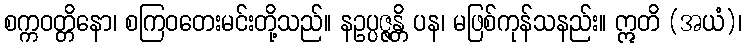
စက္ကဝတ္တိနော၊ စကြဝတေးမင်းတို့သည်။ နဥပ္ပဇ္ဇန္တိ ပန၊ မဖြစ်ကုန်သနည်း။ ဣတိ (အယံ)၊